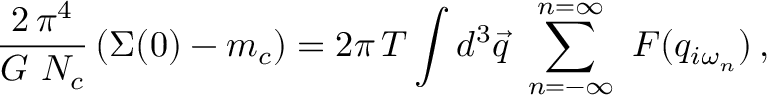
\frac { 2 \, \pi ^ { 4 } } { G \ N _ { c } } \left( \Sigma ( 0 ) - m _ { c } \right) = 2 \pi \, T \int d ^ { 3 } \vec { q } \ \sum _ { n = - \infty } ^ { n = \infty } \ { \cal F } ( q _ { i \omega _ { n } } ) \, ,